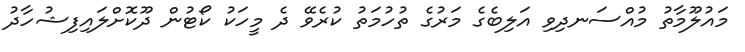
މައުލޫމާތު މުއްސަނދިވި އަލިބެގެ މަރުގެ ތުހުމަތު ކުރެވޭ ދެ މީހަކު ކޯޓުން ދޫކޮށްލައިފިޝުހާދު